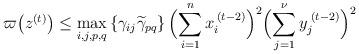
LaTeX: \begin{align*}\varpi\bigl(z^{\left(t\right)}\bigr)\leq\max_{i,j,p,q}\left\{ \gamma_{ij}\widetilde{\gamma}_{pq}\right\} \Bigl(\sum_{i=1}^{n}x_{i}^{\:\left(t-2\right)}\Bigr)^{2}\Bigl(\sum_{j=1}^{\nu}y_{j}^{\;\left(t-2\right)}\Bigr)^{2}\end{align*}